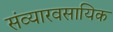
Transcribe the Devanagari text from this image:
संव्यारवसायिक